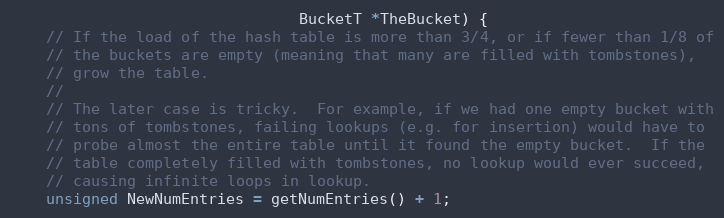
Language: C
                                BucketT *TheBucket) {
    // If the load of the hash table is more than 3/4, or if fewer than 1/8 of
    // the buckets are empty (meaning that many are filled with tombstones),
    // grow the table.
    //
    // The later case is tricky.  For example, if we had one empty bucket with
    // tons of tombstones, failing lookups (e.g. for insertion) would have to
    // probe almost the entire table until it found the empty bucket.  If the
    // table completely filled with tombstones, no lookup would ever succeed,
    // causing infinite loops in lookup.
    unsigned NewNumEntries = getNumEntries() + 1;